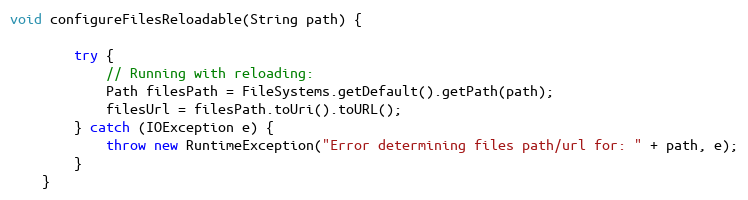
Language: Java
void configureFilesReloadable(String path) {

        try {
            // Running with reloading:
            Path filesPath = FileSystems.getDefault().getPath(path);
            filesUrl = filesPath.toUri().toURL();
        } catch (IOException e) {
            throw new RuntimeException("Error determining files path/url for: " + path, e);
        }
    }